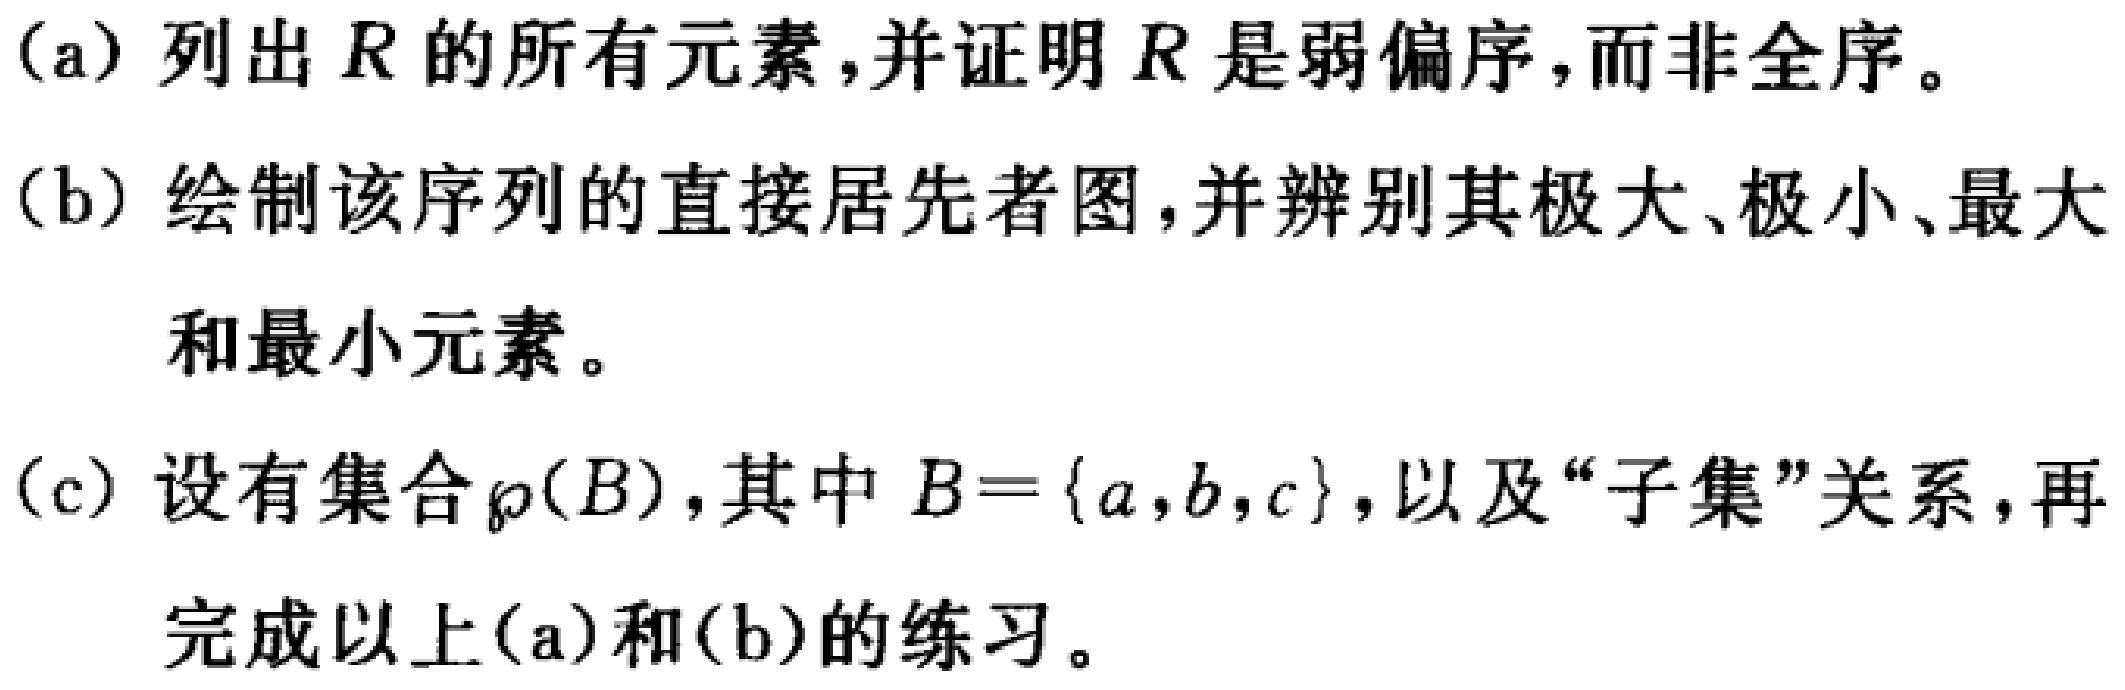
(a) 列出 \(R\) 的所有元素,并证明 \(R\) 是弱偏序,而非全序。
(b) 绘制该序列的直接居先者图,并辨别其极大、极小、最大和最小元素。
(c) 设有集合 \(\wp(B)\),其中 \(B = \{a,b,c\}\),以及“子集”关系,再完成以上(a)和(b)的练习。